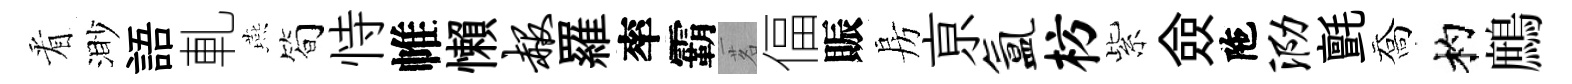
㸔渺語軋燕简恃帷懶赧羅率霸茗偪賑房亰氲枋紫僉陁泐氈喬杓鷓